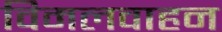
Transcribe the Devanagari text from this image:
विमलवाहन